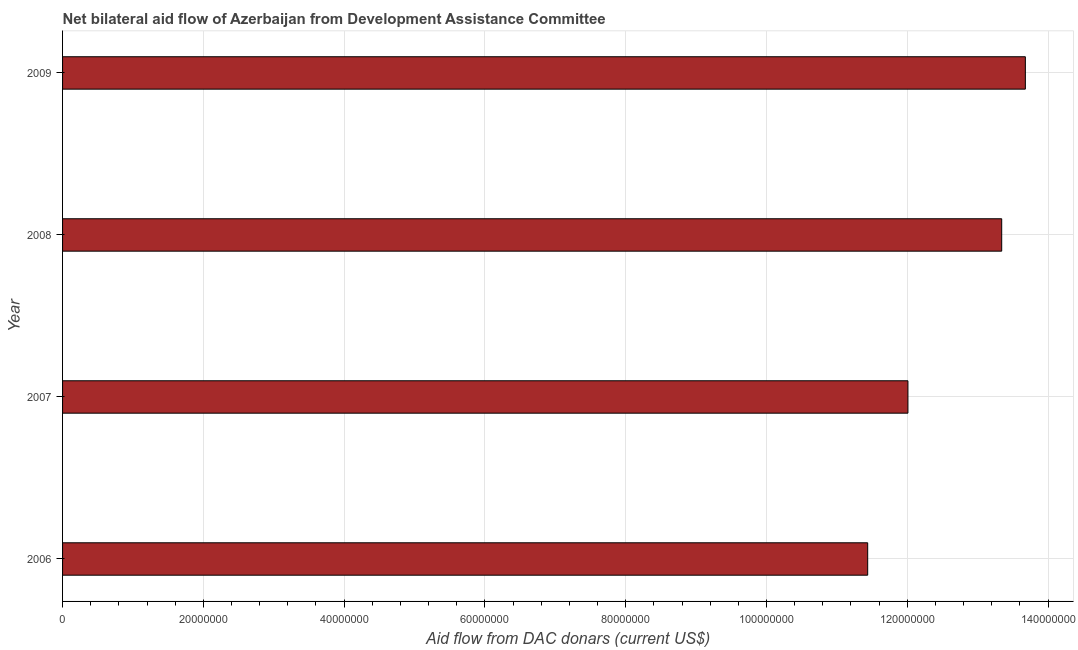
| Year | Net bilateral aid flows from DAC donors |
 | --- | --- |
 | 2006 | 1.14e+08 |
 | 2007 | 1.2e+08 |
 | 2008 | 1.33e+08 |
 | 2009 | 1.37e+08 |